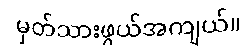
မှတ်သားဖွယ်အကျယ်။